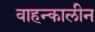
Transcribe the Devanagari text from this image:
वाहन्कालीन